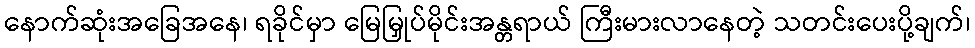
နောက်ဆုံးအခြေအနေ၊ ရခိုင်မှာ မြေမြှုပ်မိုင်းအန္တရာယ် ကြီးမားလာနေတဲ့ သတင်းပေးပို့ချက်၊